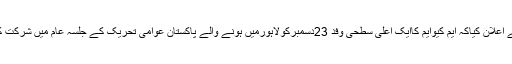
انہوں نے اعلان کیاکہ ایم کیوایم کاایک اعلیٰ سطحی وفد 23دسمبرکولاہورمیں ہونے والے پاکستان عوامی تحریک کے جلسہ عام میں شرکت کرے گا۔